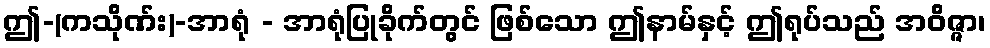
ဤ-(ကသိုဏ်း)-အာရုံ - အာရုံပြုခိုက်တွင် ဖြစ်သော ဤနာမ်နှင့် ဤရုပ်သည် အဝိဇ္ဇာ၊